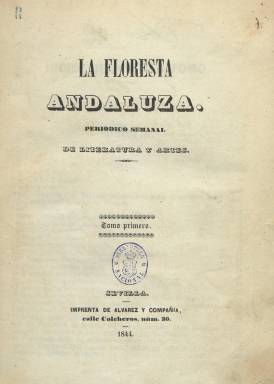
Título: La Floresta andaluza
Colección: Cultura
Ámbito geográfico: Sevilla
Lugar de publicación: Sevilla
Fechas: 01/01/1843-31/07/1844

Publicación de la entonces “moderna escuela” sevillana que constituyó una “buena muestra” del carácter de asimilación del Romanticismo, y se singularizará por su eclecticismo y adscripción isabelina, es decir, su moderado tono literario y político contrario a extremismos, a la vez que por un marcado tilde religioso y tradicional, tal como la definió Begoña López Bueno en el estudio y confección de los índices de sus contenidos que publicó en 1972.

Con el subtítulo “diario de literatura y artes”, apareció el uno de abril de 1843 y editó treinta entregas secuenciadas hasta finalizar ese mismo mes, de cuatro páginas (medio pliego), a dos columnas y sin paginar. Tras un breve paréntesis, a partir del doce de mayo y como “periódico semanal de literatura y artes” seguirá publicándose, ahora en entregas de 16 páginas (dos pliegos), compuestas a una columna, desde el número 31 al 46, de 12 de enero de 1844, ya con foliación continuada (248 páginas), que, junto a las anteriores, forman su primera serie y primer tomo, incluyendo este un índice de sus contenidos por secciones.

La primera de estas tres grandes secciones en la que están estructurados los contenidos de la revista lleva el epígrafe Historia, que incluye estudios, artículos y noticias de este tipo, así como biográficas, numismáticas, geográficas o arqueológicas, muchas de las cuales referidas a termas sevillanos; los contenidos de la segunda, bajo el epígrafe Artes, versan sobre estos asuntos, pero también sobre agricultura, viajes, astronomía, exposiciones o monumentos, algunos de las cuales referidos también a temas sevillanos; y la tercera, bajo la denominación Literatura y filosofía, y la más amplia, sobre crítica y creación literaria, tanto en prosa como en verso, como leyendas, relatos, romances, letrillas, sonetos, redondillas satíricas, epigramas o máximas; así como cartelera, historia y crítica teatral de las obras estrenadas en la ciudad, pero también textos sobre ciencias naturales y filosóficas o reseñas sobre las actividades y conferencias de la Real Academia Sevillana de Buenas Letras.

A partir de finales enero de 1844 seguirá publicándose, ahora como “revista mensual de literatura, ciencias y artes”, hasta el mes de julio de ese mismo año, como segunda serie y formando su segundo tomo estas siete entregas, de 48 páginas cada una (seis pliegos) y foliadas. La colección de la BNE alcanza hasta la sexta entrega, de 30 de junio (hasta la página 287).Tanto este tomo como el anterior tienen un formato en 4º, estampados en la sevillana Imprenta de Francisco Álvarez y Compañía. Incluyeron, además, un total de cuatro láminas litografiadas del dibujante Antonio Bravo. Sus cubiertas eran de fino papel de color, cuyas contracubiertas ofrecían información de novedades bibliográficas, y utilizó bellas y originales capitulares en la composición de sus textos. Se suscribía en más de una treintena de capitales y poblaciones españolas.

Será en el segundo tomo cuando aparezcan indicados los nombres de más de una veintena de sus colaboradores y de su director y principal redactor. Fue este José Amador de los Ríos (1818-1878), y entre los que escribieron para la revista se encontraron Rafael María Baralt (1810-1860), Francisco Rodríguez Zapata (1813-1889), José María Álava y Urbina (1815-1872), Juan José Bueno y Lerroux (1820-1881), Juan Nepomuceno Justiniano y Arribas (1821-1901), Luis de Olona (1823-1863) o José María Fernández, muchos de los cuales integraron el grupo más culto, poético y erudito que llevó a cabo una labor cultural de primer orden en la Sevilla de la época.